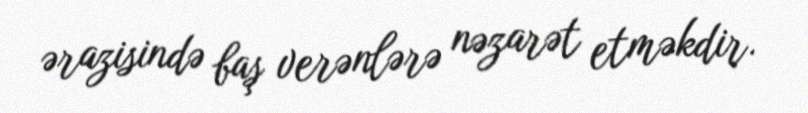
ərazisində baş verənlərə nəzarət etməkdir.